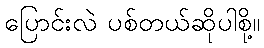
ပြောင်းလဲ ပစ်တယ်ဆိုပါစို့။